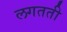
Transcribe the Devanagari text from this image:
लगतती